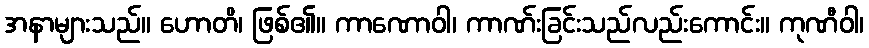
အနာများသည်။ ဟောတိ၊ ဖြစ်၏။ ကာဏောဝါ၊ ကာဏ်းခြင်းသည်လည်းကောင်း။ ကုဏီဝါ၊